Studies on the mouth parts a Comparative anatomy of the proboscis in the blood-sucking muscidae - Number 60
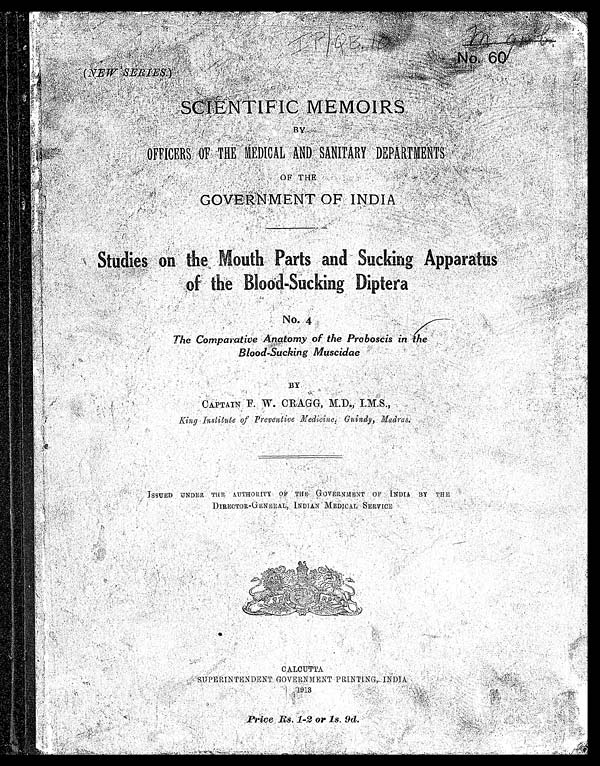
•
No.60
IP/QB.10
(NEW SERIES)
SCIENTIFIC MEMOIRS
BY
OFFICERS OF THE MEDICAL AND SANITARY DEPA
RTMENTS OF THE
GOVERNMENT OF INDIA
Studies on the Mouth Parts and Sucking Apparatus
o f t h e B l o o d - S u c k i n g D i p t e r a
No. 4
The Comparative Anatomy of the Proboscis in the
Blood-Sucking Muscidae
BY
CAPTAIN F. W. CRAGG, M.D., I.M.S
King Institute of Preventive Medicine, Guindy, Madras.
ISSUED UNDER THE AUTHORITY OF THE GOVERNMENT OF INDIA BY THE
DIRECTOR-GENERAL, INDIAN MEDICAL SERVICE
CALCUTTA.
SUPERINTENDENT GOVERNMENT PRINTING, INDIA
1 9 1 3
P Price Rs 1-2 or 1s. 9d.